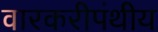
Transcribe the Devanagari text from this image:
वारकरीपंथीय